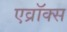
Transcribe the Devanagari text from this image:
एव्रॉक्स